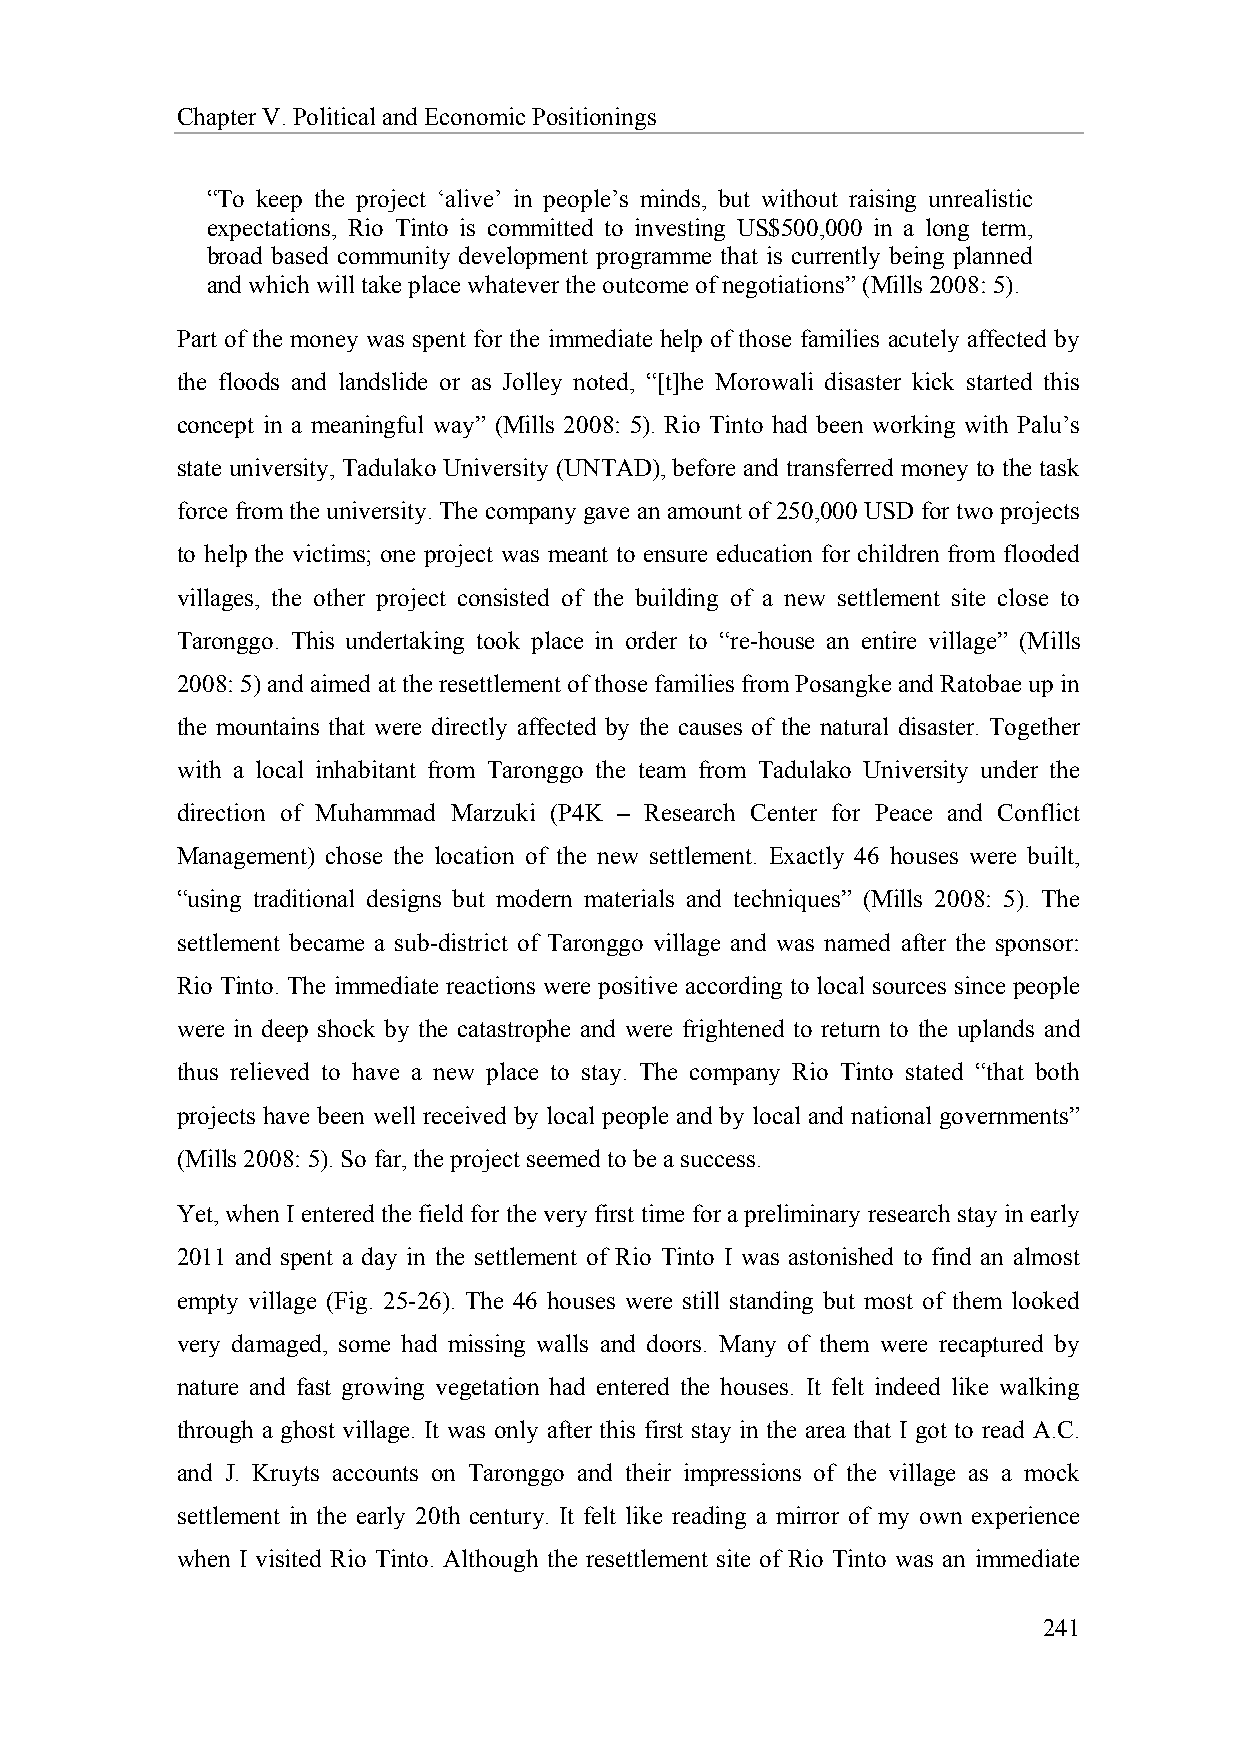
Chapter V. Political and Economic Positionings
 “To keep the project ‘alive’ in people’s minds, but without raising unrealistic
 expectations, Rio Tinto is committed to investing US$500,000 in a long term,
 broad based community development programme that is currently being planned
 and which will take place whatever the outcome of negotiations” (Mills 2008: 5).
 Part of the money was spent for the immediate help of those families acutely affected by
 the floods and landslide or as Jolley noted, “[t]he Morowali disaster kick started this
 concept in a meaningful way” (Mills 2008: 5). Rio Tinto had been working with Palu’s
 state university, Tadulako University (UNTAD), before and transferred money to the task
 force from the university. The company gave an amount of 250,000 USD for two projects
 to help the victims; one project was meant to ensure education for children from flooded
 villages, the other project consisted of the building of a new settlement site close to
 Taronggo. This undertaking took place in order to “re-house an entire village” (Mills
 2008: 5) and aimed at the resettlement of those families from Posangke and Ratobae up in
 the mountains that were directly affected by the causes of the natural disaster. Together
 with a local inhabitant from Taronggo the team from Tadulako University under the
 direction of Muhammad Marzuki (P4K – Research Center for Peace and Conflict
 Management) chose the location of the new settlement. Exactly 46 houses were built,
 “using traditional designs but modern materials and techniques” (Mills 2008: 5). The
 settlement became a sub-district of Taronggo village and was named after the sponsor:
 Rio Tinto. The immediate reactions were positive according to local sources since people
 were in deep shock by the catastrophe and were frightened to return to the uplands and
 thus relieved to have a new place to stay. The company Rio Tinto stated “that both
 projects have been well received by local people and by local and national governments”
 (Mills 2008: 5). So far, the project seemed to be a success.
 Yet, when I entered the field for the very first time for a preliminary research stay in early
 2011 and spent a day in the settlement of Rio Tinto I was astonished to find an almost
 empty village (Fig. 25-26). The 46 houses were still standing but most of them looked
 very damaged, some had missing walls and doors. Many of them were recaptured by
 nature and fast growing vegetation had entered the houses. It felt indeed like walking
 through a ghost village. It was only after this first stay in the area that I got to read A.C.
 and J. Kruyts accounts on Taronggo and their impressions of the village as a mock
 settlement in the early 20th century. It felt like reading a mirror of my own experience
 when I visited Rio Tinto. Although the resettlement site of Rio Tinto was an immediate
 241